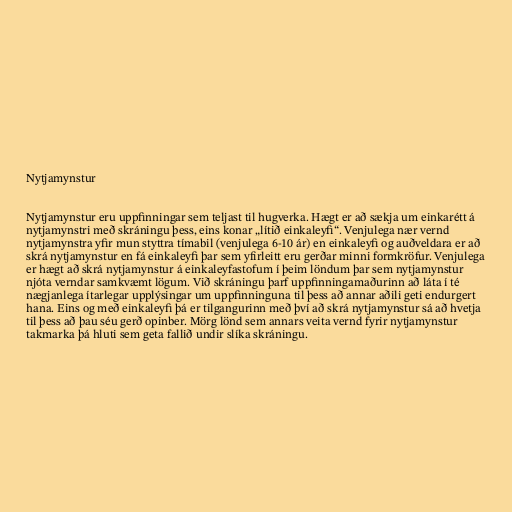
Nytjamynstur

Nytjamynstur eru uppfinningar sem teljast til hugverka. Hægt er að sækja um einkarétt á
nytjamynstri með skráningu þess, eins konar „lítið einkaleyfi“. Venjulega nær vernd
nytjamynstra yfir mun styttra tímabil (venjulega 6-10 ár) en einkaleyfi og auðveldara er að
skrá nytjamynstur en fá einkaleyfi þar sem yfirleitt eru gerðar minni formkröfur. Venjulega
er hægt að skrá nytjamynstur á einkaleyfastofum í þeim löndum þar sem nytjamynstur
njóta verndar samkvæmt lögum. Við skráningu þarf uppfinningamaðurinn að láta í té
nægjanlega ítarlegar upplýsingar um uppfinninguna til þess að annar aðili geti endurgert
hana. Eins og með einkaleyfi þá er tilgangurinn með því að skrá nytjamynstur sá að hvetja
til þess að þau séu gerð opinber. Mörg lönd sem annars veita vernd fyrir nytjamynstur
takmarka þá hluti sem geta fallið undir slíka skráningu.